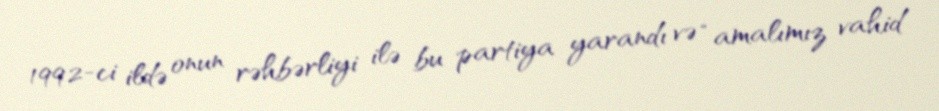
1992-ci ildə onun rəhbərliyi ilə bu partiya yarandı və “amalımız vahid